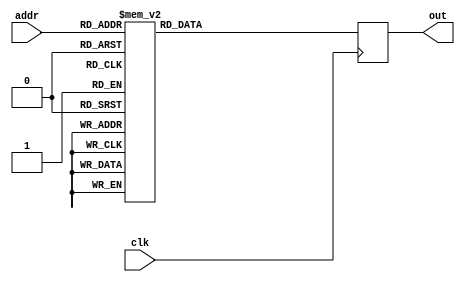
/*
 * Copyright 2012, Homer Hsing <homer.hsing@gmail.com>
 *
 * Licensed under the Apache License, Version 2.0 (the "License");
 * you may not use this file except in compliance with the License.
 * You may obtain a copy of the License at
 *
 * http://www.apache.org/licenses/LICENSE-2.0
 *
 * Unless required by applicable law or agreed to in writing, software
 * distributed under the License is distributed on an "AS IS" BASIS,
 * WITHOUT WARRANTIES OR CONDITIONS OF ANY KIND, either express or implied.
 * See the License for the specific language governing permissions and
 * limitations under the License.
 */

module rom (clk, addr, out);
   input clk;
   input [8:0] addr;
   output reg [27:0] out;
   
   always @(posedge clk)
      case (addr)
         0: out <= 28'hc30042;
         1: out <= 28'h1450045;
         2: out <= 28'h1868041;
         3: out <= 28'h1c78041;
         4: out <= 28'h30046;
         5: out <= 28'h580ea00;
         6: out <= 28'h5c08041;
         7: out <= 28'h5c5ea17;
         8: out <= 28'h605ea07;
         9: out <= 28'h658ea07;
         10: out <= 28'h3d74059;
         11: out <= 28'h3c5404f;
         12: out <= 28'h5d8ea05;
         13: out <= 28'h617ea00;
         14: out <= 28'h587ea16;
         15: out <= 28'h4580056;
         16: out <= 28'h4850041;
         17: out <= 28'h4c7ea00;
         18: out <= 28'h4d34057;
         19: out <= 28'h5014041;
         20: out <= 28'h5474041;
         21: out <= 28'hf8041;
         22: out <= 28'h5918041;
         23: out <= 28'h5d28041;
         24: out <= 28'h6138041;
         25: out <= 28'h6548041;
         26: out <= 28'h6958041;
         27: out <= 28'h3c00057;
         28: out <= 28'h3cf0059;
         29: out <= 28'h4560058;
         30: out <= 28'h451005a;
         31: out <= 28'h4510051;
         32: out <= 28'h4974059;
         33: out <= 28'h4da4058;
         34: out <= 28'h5190041;
         35: out <= 28'h55a005a;
         36: out <= 28'h1868081;
         37: out <= 28'h1864042;
         38: out <= 28'h1c78081;
         39: out <= 28'h1c70047;
         40: out <= 28'h30046;
         41: out <= 28'h5800040;
         42: out <= 28'h5c5ea07;
         43: out <= 28'h16ea00;
         44: out <= 28'h6000056;
         45: out <= 28'h6404056;
         46: out <= 28'h68f0054;
         47: out <= 28'h6da0052;
         48: out <= 28'h71a4052;
         49: out <= 28'h74f4054;
         50: out <= 28'h79d4053;
         51: out <= 28'h75d0053;
         52: out <= 28'h7d10055;
         53: out <= 28'h81f0053;
         54: out <= 28'h85f4053;
         55: out <= 28'h8970056;
         56: out <= 28'h5974056;
         57: out <= 28'h8d14055;
         58: out <= 28'h9230052;
         59: out <= 28'h8e34052;
         60: out <= 28'h9580057;
         61: out <= 28'h99b0060;
         62: out <= 28'h9c00062;
         63: out <= 28'ha1e0064;
         64: out <= 28'ha590057;
         65: out <= 28'ha9c0061;
         66: out <= 28'hac00056;
         67: out <= 28'hb1d0063;
         68: out <= 28'h618ea1b;
         69: out <= 28'h6e5ea26;
         70: out <= 28'h817ea20;
         71: out <= 28'h780ea1e;
         72: out <= 28'h967ea28;
         73: out <= 28'h8a2ea24;
         74: out <= 28'h659ea1c;
         75: out <= 28'h729ea2a;
         76: out <= 28'h5d7ea21;
         77: out <= 28'hea1d;
         78: out <= 28'h76bea2c;
         79: out <= 28'h596ea23;
         80: out <= 28'h8580065;
         81: out <= 28'h8e0005d;
         82: out <= 28'h9204057;
         83: out <= 28'h9994058;
         84: out <= 28'h5d70060;
         85: out <= 28'h5e24057;
         86: out <= 28'h5d70056;
         87: out <= 28'h6190058;
         88: out <= 28'h618405e;
         89: out <= 28'h6184040;
         90: out <= 28'h6634061;
         91: out <= 28'h659405e;
         92: out <= 28'h5990056;
         93: out <= 28'h6610063;
         94: out <= 28'h659405b;
         95: out <= 28'h6590062;
         96: out <= 28'h190040;
         97: out <= 28'h6640066;
         98: out <= 28'h7a44066;
         99: out <= 28'h79e005c;
         100: out <= 28'h79e405b;
         101: out <= 28'h8170058;
         102: out <= 28'h5d74058;
         103: out <= 28'h5d7005c;
         104: out <= 28'h5d7005b;
         105: out <= 28'h5d74065;
         106: out <= 28'h5d7405d;
         107: out <= 28'h3d64052;
         108: out <= 28'h4404053;
         109: out <= 28'h194052;
         110: out <= 28'h4054;
         111: out <= 28'h59e4053;
         112: out <= 28'h5964055;
         113: out <= 28'h520405a;
         114: out <= 28'h557405f;
         115: out <= 28'h4804041;
         116: out <= 28'h4d64041;
         117: out <= 28'h24f8041;
         118: out <= 28'hf0052;
         119: out <= 28'h54;
         120: out <= 28'h58fea0f;
         121: out <= 28'h5cfea12;
         122: out <= 28'h612ea14;
         123: out <= 28'h654ea14;
         124: out <= 28'hea00;
         125: out <= 28'h5d70058;
         126: out <= 28'h6164058;
         127: out <= 28'h6594057;
         128: out <= 28'h57;
         129: out <= 28'h4056;
         130: out <= 28'h5910053;
         131: out <= 28'h5960055;
         132: out <= 28'h5d1ea11;
         133: out <= 28'h691ea13;
         134: out <= 28'h6d3ea15;
         135: out <= 28'h715ea15;
         136: out <= 28'h596ea16;
         137: out <= 28'h69a005b;
         138: out <= 28'h6d7405b;
         139: out <= 28'h71c405a;
         140: out <= 28'h596005a;
         141: out <= 28'h5964057;
         142: out <= 28'h5cf0052;
         143: out <= 28'h68f0054;
         144: out <= 28'h7520054;
         145: out <= 28'h7910053;
         146: out <= 28'h7d10055;
         147: out <= 28'h8130055;
         148: out <= 28'h84fea11;
         149: out <= 28'h892ea13;
         150: out <= 28'h8d4ea15;
         151: out <= 28'h5d7ea1e;
         152: out <= 28'h69aea1f;
         153: out <= 28'h75dea20;
         154: out <= 28'h7a14062;
         155: out <= 28'h7de4063;
         156: out <= 28'h7df005d;
         157: out <= 28'h5d7405e;
         158: out <= 28'h5d7005d;
         159: out <= 28'h69a405e;
         160: out <= 28'h758405b;
         161: out <= 28'h799405c;
         162: out <= 28'h8004056;
         163: out <= 28'h618005b;
         164: out <= 28'h659005c;
         165: out <= 28'h56;
         166: out <= 28'h5980059;
         167: out <= 28'h6d84040;
         168: out <= 28'h7194058;
         169: out <= 28'h840405c;
         170: out <= 28'h898ea18;
         171: out <= 28'h8d9ea19;
         172: out <= 28'h900ea00;
         173: out <= 28'h658ea19;
         174: out <= 28'h618ea00;
         175: out <= 28'hea16;
         176: out <= 28'h5a2ea1b;
         177: out <= 28'h6e3ea1c;
         178: out <= 28'h724ea21;
         179: out <= 28'h596005b;
         180: out <= 28'h596005c;
         181: out <= 28'h6d60041;
         182: out <= 28'h71b8041;
         183: out <= 28'h71bea1c;
         184: out <= 28'h71c8041;
         185: out <= 28'h71bea1c;
         186: out <= 28'h85c8041;
         187: out <= 28'h6dbea21;
         188: out <= 28'h85b80c1;
         189: out <= 28'h71cea21;
         190: out <= 28'h71c8101;
         191: out <= 28'h71bea1c;
         192: out <= 28'h85c8101;
         193: out <= 28'h6dbea21;
         194: out <= 28'h85b83c1;
         195: out <= 28'h6dbea21;
         196: out <= 28'h85b8781;
         197: out <= 28'h6dbea21;
         198: out <= 28'h85b8f01;
         199: out <= 28'h6dbea21;
         200: out <= 28'h85b82c1;
         201: out <= 28'h71cea21;
         202: out <= 28'h71c9e01;
         203: out <= 28'h6dbea1c;
         204: out <= 28'h71bbec1;
         205: out <= 28'h6dbea1c;
         206: out <= 28'h6db8041;
         207: out <= 28'h59bea16;
         208: out <= 28'h59bea16;
         209: out <= 28'h6e34064;
         210: out <= 28'h722405b;
         211: out <= 28'h1c4040;
         212: out <= 28'h6644059;
         213: out <= 28'h61b4058;
         214: out <= 28'h16ea00;
         215: out <= 28'h656ea19;
         216: out <= 28'h596ea18;
         217: out <= 28'h61d005e;
         218: out <= 28'h6dd0060;
         219: out <= 28'h71e0060;
         220: out <= 28'h8400059;
         221: out <= 28'h8800056;
         222: out <= 28'h8d90056;
         223: out <= 28'h75dea00;
         224: out <= 28'h79eea19;
         225: out <= 28'h820ea16;
         226: out <= 28'h618ea21;
         227: out <= 28'h6dbea22;
         228: out <= 28'h71cea23;
         229: out <= 28'h75d405e;
         230: out <= 28'h79d4060;
         231: out <= 28'h79e005c;
         232: out <= 28'h618405d;
         233: out <= 28'h618005c;
         234: out <= 28'h6db405d;
         235: out <= 28'h71f0057;
         236: out <= 28'h75f005a;
         237: out <= 28'h817005a;
         238: out <= 28'h8400059;
         239: out <= 28'h8800056;
         240: out <= 28'h8d90056;
         241: out <= 28'h1fea00;
         242: out <= 28'h5d7ea19;
         243: out <= 28'h59aea16;
         244: out <= 28'h65cea21;
         245: out <= 28'h69dea22;
         246: out <= 28'h720ea23;
         247: out <= 28'h4057;
         248: out <= 28'h5804056;
         249: out <= 28'h596005c;
         250: out <= 28'h5d94040;
         251: out <= 28'h5d7005c;
         252: out <= 28'h1a4040;
         253: out <= 28'h65e0056;
         254: out <= 28'h6980057;
         255: out <= 28'h71b4040;
         256: out <= 28'h75eea1b;
         257: out <= 28'h7d6ea00;
         258: out <= 28'h6d8ea1b;
         259: out <= 28'h17ea00;
         260: out <= 28'h819ea1c;
         261: out <= 28'h596ea18;
         262: out <= 28'h5deea17;
         263: out <= 28'h619ea1a;
         264: out <= 28'h65aea1c;
         265: out <= 28'h6960057;
         266: out <= 28'h61a4058;
         267: out <= 28'h69b0040;
         268: out <= 28'h69a005a;
         269: out <= 28'h405b;
         270: out <= 28'h6df405d;
         271: out <= 28'h6db0060;
         272: out <= 28'h702005d;
         273: out <= 28'h71c005f;
         274: out <= 28'h71c405a;
         275: out <= 28'h5974056;
         276: out <= 28'h59b0056;
         277: out <= 28'h5d80041;
         278: out <= 28'h7590040;
         279: out <= 28'h6dd005b;
         280: out <= 28'h618005a;
         281: out <= 28'h6180058;
         282: out <= 28'h190040;
         283: out <= 28'h40;
         284: out <= 28'h65c8041;
         285: out <= 28'h6968041;
         286: out <= 28'h7578041;
         287: out <= 28'h79b8041;
         288: out <= 28'h7d88041;
         289: out <= 28'h8008041;
         290: out <= 28'h659005d;
         291: out <= 28'h659005f;
         292: out <= 28'h69a005a;
         293: out <= 28'h69a405e;
         294: out <= 28'h69a4060;
         295: out <= 28'h75d405f;
         296: out <= 28'h7a0405e;
         297: out <= 28'h8200060;
         298: out <= 28'h6598041;
         299: out <= 28'h69a8041;
         300: out <= 28'h75d8041;
         301: out <= 28'h79e8041;
         302: out <= 28'h7df8041;
         303: out <= 28'h8208041;
         304: out <= 28'h659005d;
         305: out <= 28'h659005f;
         306: out <= 28'h69a005a;
         307: out <= 28'h69a405e;
         308: out <= 28'h69a4060;
         309: out <= 28'h75d405f;
         310: out <= 28'h7a0405e;
         311: out <= 28'h8200060;
         312: out <= 28'h85c0056;
         313: out <= 28'h897005b;
         314: out <= 28'h8d84040;
         315: out <= 28'h91cea18;
         316: out <= 28'h956ea00;
         317: out <= 28'h617ea18;
         318: out <= 28'h1bea00;
         319: out <= 28'h9a1ea23;
         320: out <= 28'h596ea17;
         321: out <= 28'h5dcea1b;
         322: out <= 28'h6e1ea22;
         323: out <= 28'h722ea23;
         324: out <= 28'h8560057;
         325: out <= 28'h6e1405b;
         326: out <= 28'h8580040;
         327: out <= 28'h8610061;
         328: out <= 28'h4058;
         329: out <= 28'h6254064;
         330: out <= 28'h6180066;
         331: out <= 28'h8820064;
         332: out <= 28'h8a20065;
         333: out <= 28'h8a24061;
         334: out <= 28'h5974056;
         335: out <= 28'h5980056;
         336: out <= 28'h5db0041;
         337: out <= 28'h8dc0040;
         338: out <= 28'h6230058;
         339: out <= 28'h6db0061;
         340: out <= 28'h6db005b;
         341: out <= 28'h1c0040;
         342: out <= 28'h40;
         343: out <= 28'h69a005a;
         344: out <= 28'h71e005e;
         345: out <= 28'h7a00060;
         346: out <= 28'h819005f;
         347: out <= 28'h860005d;
         348: out <= 28'h820405d;
         349: out <= 28'h8e2005b;
         350: out <= 28'h9230057;
         351: out <= 28'h8e34057;
         352: out <= 28'h659405f;
         353: out <= 28'h959405c;
         354: out <= 28'h659005c;
         355: out <= 28'h8a2405b;
         356: out <= 28'h9a24058;
         357: out <= 28'h8a20058;
         358: out <= 28'h9da005e;
         359: out <= 28'ha27005c;
         360: out <= 28'h727405c;
         361: out <= 28'h9d60040;
         362: out <= 28'ha670058;
         363: out <= 28'h6274058;
         364: out <= 28'h69a405e;
         365: out <= 28'h9da005d;
         366: out <= 28'h69a405d;
         367: out <= 28'h5964040;
         368: out <= 28'h7560057;
         369: out <= 28'h5964057;
         370: out <= 28'h5e10068;
         371: out <= 28'haa40069;
         372: out <= 28'hae50067;
         373: out <= 28'hb26005d;
         374: out <= 28'hb60005c;
         375: out <= 28'hba30058;
         376: out <= 28'hbd9005a;
         377: out <= 28'hc220056;
         378: out <= 28'hc5f005e;
         379: out <= 28'hc9b0040;
         380: out <= 28'h861ea24;
         381: out <= 28'h5d7ea2a;
         382: out <= 28'h928ea29;
         383: out <= 28'h965ea26;
         384: out <= 28'h9abea2c;
         385: out <= 28'h767ea1d;
         386: out <= 28'h820ea23;
         387: out <= 28'h8edea2e;
         388: out <= 28'h61cea18;
         389: out <= 28'h659ea22;
         390: out <= 28'h72fea30;
         391: out <= 28'h59aea16;
         392: out <= 28'h69fea1b;
         393: out <= 28'h6f1ea32;
         394: out <= 28'h1eea00;
         395: out <= 28'h7a10066;
         396: out <= 28'h79e005a;
         397: out <= 28'h7e4005c;
         398: out <= 28'h7df0040;
         399: out <= 28'h6a0005a;
         400: out <= 28'h180040;
         401: out <= 28'h40;
         402: out <= 28'h623005b;
         403: out <= 28'h8000064;
         404: out <= 28'h89a4061;
         405: out <= 28'h4064;
         406: out <= 28'h5d;
         407: out <= 28'h56;
         408: out <= 28'h69a0061;
         409: out <= 28'h69a4065;
         410: out <= 28'h69a4059;
         411: out <= 28'h25f405e;
         412: out <= 28'h2494065;
         413: out <= 28'h2490056;
         414: out <= 28'h29e005f;
         415: out <= 28'h28a4057;
         416: out <= 28'h28a005d;
         417: out <= 28'h28a0059;
         418: out <= 28'h28a405b;
         419: out <= 28'h2e00062;
         420: out <= 28'h3204062;
         421: out <= 28'h30c0058;
         422: out <= 28'h30c4057;
         423: out <= 28'h340005a;
         424: out <= 28'h380405a;
         425: out <= 28'h38e0058;
         426: out <= 28'h38e0057;
         427: out <= 28'h38e4066;
         428: out <= 28'h38e405c;
         default: out <= 0;
      endcase
endmodule